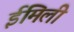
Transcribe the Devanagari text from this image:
ईमिली